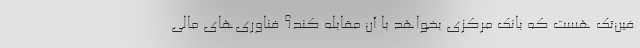
فین‌تک هست که بانک مرکزی بخواهد با آن مقابله کند؟ فناوری‌های مالی